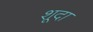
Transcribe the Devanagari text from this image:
शूदा